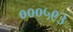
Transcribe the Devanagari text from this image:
०००५९३